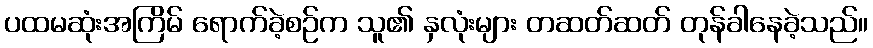
ပထမဆုံးအကြိမ် ရောက်ခဲ့စဉ်က သူ၏ နှလုံးများ တဆတ်ဆတ် တုန်ခါနေခဲ့သည်။